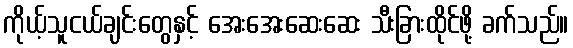
ကိုယ့်သူငယ်ချင်းတွေနှင့် အေးအေးဆေးဆေး သီးခြားထိုင်ဖို့ ခက်သည်။